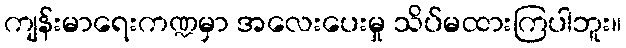
ကျန်းမာရေးကဏ္ဍမှာ အလေးပေးမှု သိပ်မထားကြပါဘူး။